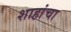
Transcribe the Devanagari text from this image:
शाहांचा